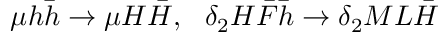
\mu h \bar { h } \rightarrow \mu H \bar { H } , ~ ~ \delta _ { 2 } H \bar { F } \bar { h } \rightarrow \delta _ { 2 } M L \bar { H }